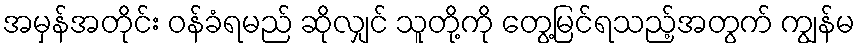
အမှန်အတိုင်း ဝန်ခံရမည် ဆိုလျှင် သူတို့ကို တွေ့မြင်ရသည့်အတွက် ကျွန်မ